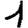
Digit: 1